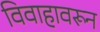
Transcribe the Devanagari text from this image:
विवाहावरून